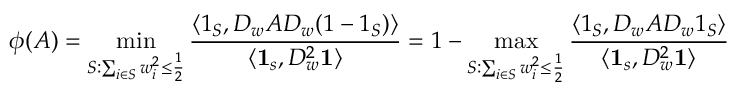
\phi ( A ) = \operatorname* { m i n } _ { S : \sum _ { i \in S } w _ { i } ^ { 2 } \leq \frac { 1 } { 2 } } \frac { \langle \boldsymbol { 1 } _ { S } , D _ { w } A D _ { w } ( \boldsymbol { 1 } - \boldsymbol { 1 } _ { S } ) \rangle } { \langle \mathbf { 1 } _ { s } , D _ { w } ^ { 2 } \mathbf { 1 } \rangle } = 1 - \operatorname* { m a x } _ { S : \sum _ { i \in S } w _ { i } ^ { 2 } \leq \frac { 1 } { 2 } } \frac { \langle \boldsymbol { 1 } _ { S } , D _ { w } A D _ { w } \boldsymbol { 1 } _ { S } \rangle } { \langle \mathbf { 1 } _ { s } , D _ { w } ^ { 2 } \mathbf { 1 } \rangle }